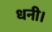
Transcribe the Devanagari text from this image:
धनी।